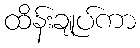
ထိန်းချုပ်ကာ